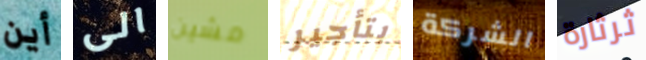
أين الى مشين بتأجير الشركة ثرثارة